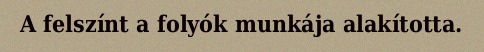
A felszínt a folyók munkája alakította.